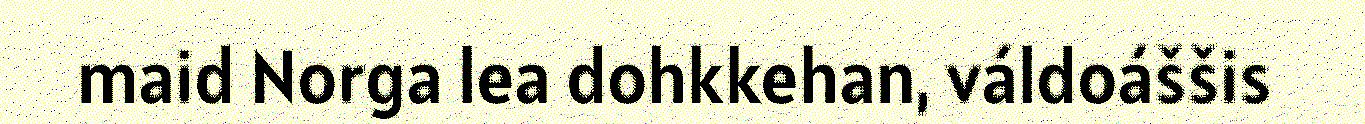
maid Norga lea dohkkehan, váldoáššis